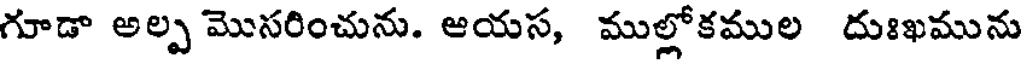
గూడా అల్ప మొసరించును. ఆయస, ముల్లోకముల దుఃఖమును